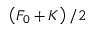
\left( F _ { 0 } + K \right) / 2